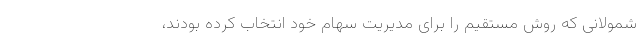
شمولانی که روش مستقیم را برای مدیریت سهام خود انتخاب کرده بودند،